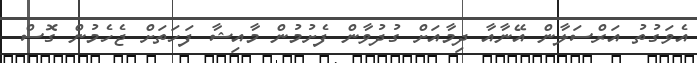
އެވަގުތު އަރްސަލާން އޭނާއާ ދިމާއަށް ގުދުވާން ފެށުމުން މާއިޝާ ފަހަތަށް ޖެހެމުން ގޮސް